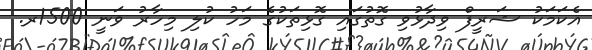
އެކަމަކު ޝަރީފް ވިދާޅުވި ގޮތުގައި ގޮޅިތަކުގެ މަހު ކުލި މިހާރު ވަނީ 1500ރ.